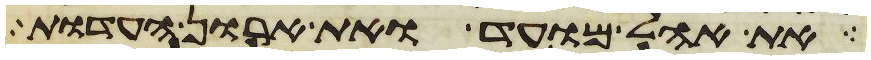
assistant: את אהל מועד ואת ארון העדות